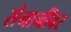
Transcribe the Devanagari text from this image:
सेनानींवर